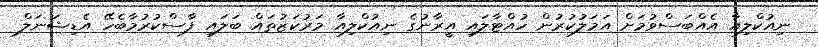
ނިއުކްލިއާ އެއްބަސްވުމަށް އަމަލުކުރުން ހުއްޓާލައި އީރާނުގެ ނިއުކްލިއާ މަރުކަޒުތައް ބަލައި ފާސްކުރުމާބެހޭ އެޑިޝަނަލް